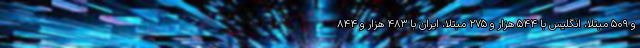
و ۵۰۹ مبتلا، انگلیس با ۵۴۴ هزار و ۲۷۵ مبتلا، ایران با ۴۸۳ هزار و ۸۴۴